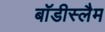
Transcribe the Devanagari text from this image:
बॉडीस्लैम